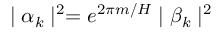
\mid \alpha _ { k } \mid ^ { 2 } = e ^ { 2 \pi m / H } \mid \beta _ { k } \mid ^ { 2 }